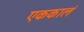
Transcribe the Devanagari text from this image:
एककालं